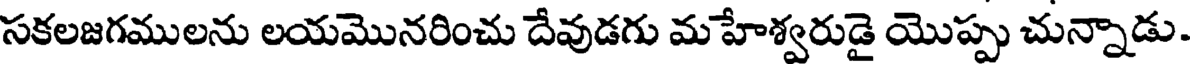
సకలజగములను లయమొనరించు దేవుడగు మహేశ్వరుడై యొప్పు చున్నాడు.